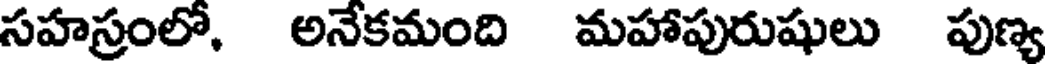
సహస్రంలో. అనేకమంది మహాపురుషులు పుణ్య